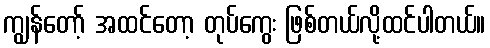
ကျွန်တော့် အထင်တော့ တုပ်ကွေး ဖြစ်တယ်လို့ထင်ပါတယ်။